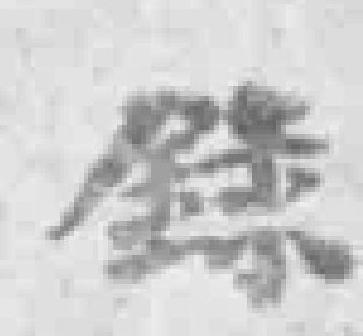
錄